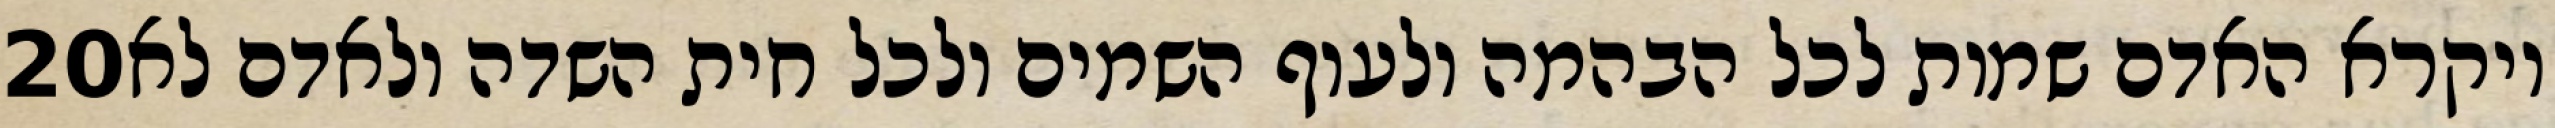
‎20‏ ויקרא האדם שמות לכל הבהמה ולעוף השמים ולכל חית השדה ולאדם לא